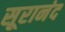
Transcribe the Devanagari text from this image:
सूरानंद